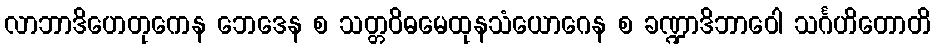
လာဘာဒိဟေတုကေန ဘေဒေန စ သတ္တဝိဓမေထုနသံယောဂေန စ ခဏ္ဍာဒိဘာဝေါ သင်္ဂဟိတောတိ